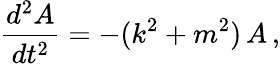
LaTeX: \frac{d^{2}A}{dt^{2}}=-(k^{2}+m^{2})\, A\, ,